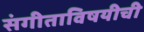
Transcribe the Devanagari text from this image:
संगीताविषयीची